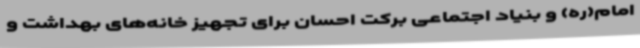
امام(ره) و بنیاد اجتماعی برکت احسان برای تجهیز خانه‌های بهداشت‌ و